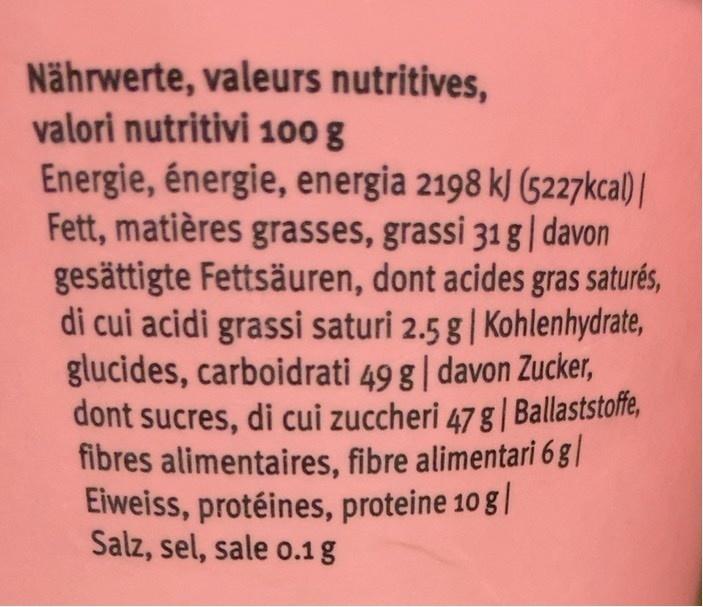
Nährwerte, valeurs nutritives, valori nutritivi 100 g Energie, énergie, energia 2198 kJ (5227kca) | Fett, matières grasses, grassi 31 g | davon gesättigte Fettsäuren, dont acides gras saturés, di cui acidi grassi saturi 2.5 g| Kohlenhydrate, glucides, carboidrati 49 g| davon Zucker, dont sucres, di cui zuccheri 47 g | Ballaststoffe, fibres alimentaires, fibre alimentari 6 g | Eiweiss, protéines, proteine 10 g | Salz, sel, sale o.1g